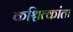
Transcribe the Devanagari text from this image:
कश्चित्कांता